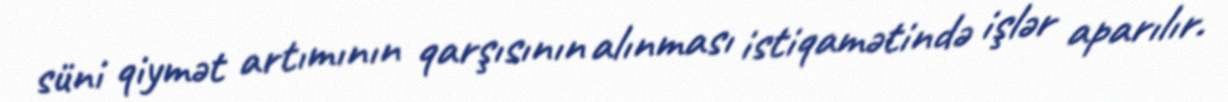
süni qiymət artımının qarşısının alınması istiqamətində işlər aparılır.